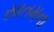
સાતમના